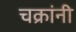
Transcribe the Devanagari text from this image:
चक्रांनी